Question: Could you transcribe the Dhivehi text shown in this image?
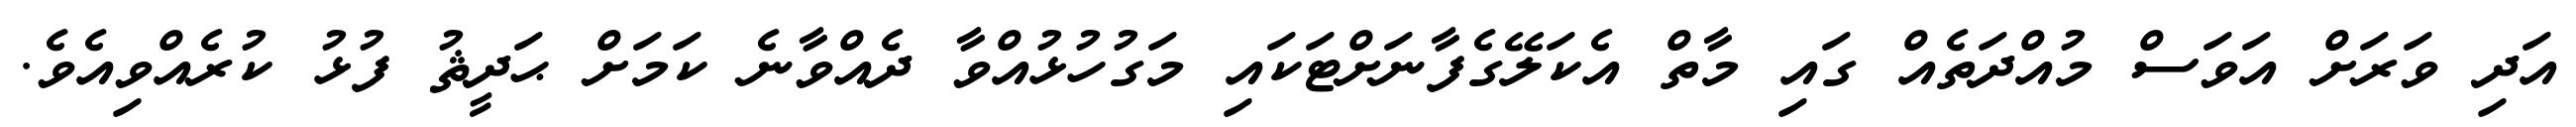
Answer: އަދި ވަރަށް އަވަސް މުއްދަތެއް ގައި މާތް އެކަލޭގެފާނަށްޓަކައި މަގުހުޅުއްވާ ދެއްވާނެ ކަމަށް ޙަދީޘު ފުޅު ކުރެއްވިއެވެ.